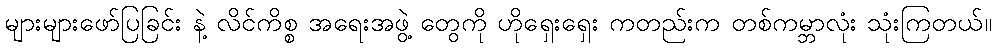
များများဖော်ပြခြင်း နဲ့ လိင်ကိစ္စ အရေးအဖွဲ့ တွေကို ဟိုရှေးရှေး ကတည်းက တစ်ကမ္ဘာလုံး သုံးကြတယ်။